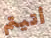
أتيتم